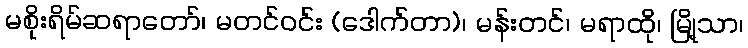
မစိုးရိမ်ဆရာတော်၊ မတင်ဝင်း (ဒေါက်တာ)၊ မန်းတင်၊ မရာထို၊ မြို့သာ၊